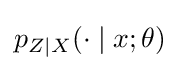
p_{Z\mid X}(\cdot \mid x;\theta )